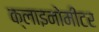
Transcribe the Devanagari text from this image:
क्लाइनोमीटर